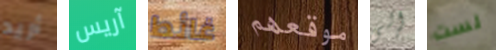
أريد آريس غائط موقعهم إلى لست